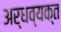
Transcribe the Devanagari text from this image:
अर्धव्यक्त